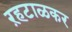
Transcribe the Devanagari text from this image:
ऱहटाळकर